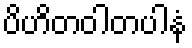
ပိဟိတဝါတပါနံ